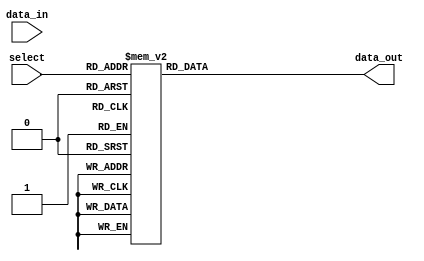
module demultiplexer_4to16 (
    input [3:0] select,
    input [15:0] data_in,
    output reg [15:0] data_out
);

always @(*) begin
    case (select)
        4'b0000: data_out = 16'b0000000000000001; // output line 0 high
        4'b0001: data_out = 16'b0000000000000010; // output line 1 high
        4'b0010: data_out = 16'b0000000000000100; // output line 2 high
        4'b0011: data_out = 16'b0000000000001000; // output line 3 high
        4'b0100: data_out = 16'b0000000000010000; // output line 4 high
        4'b0101: data_out = 16'b0000000000100000; // output line 5 high
        4'b0110: data_out = 16'b0000000001000000; // output line 6 high
        4'b0111: data_out = 16'b0000000010000000; // output line 7 high
        4'b1000: data_out = 16'b0000000100000000; // output line 8 high
        4'b1001: data_out = 16'b0000001000000000; // output line 9 high
        4'b1010: data_out = 16'b0000010000000000; // output line 10 high
        4'b1011: data_out = 16'b0000100000000000; // output line 11 high
        4'b1100: data_out = 16'b0001000000000000; // output line 12 high
        4'b1101: data_out = 16'b0010000000000000; // output line 13 high
        4'b1110: data_out = 16'b0100000000000000; // output line 14 high
        4'b1111: data_out = 16'b1000000000000000; // output line 15 high
        default: data_out = 16'b0000000000000000; // default all low
    endcase
end

endmodule